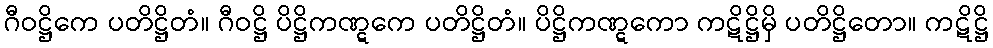
ဂီဝဋ္ဌိကေ ပတိဋ္ဌိတံ။ ဂီဝဋ္ဌိ ပိဋ္ဌိကဏ္ဋကေ ပတိဋ္ဌိတံ။ ပိဋ္ဌိကဏ္ဋကော ကဋိဋ္ဌိမှိ ပတိဋ္ဌိတော။ ကဋိဋ္ဌိ